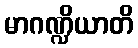
မာဂဏ္ဍိယာတိ